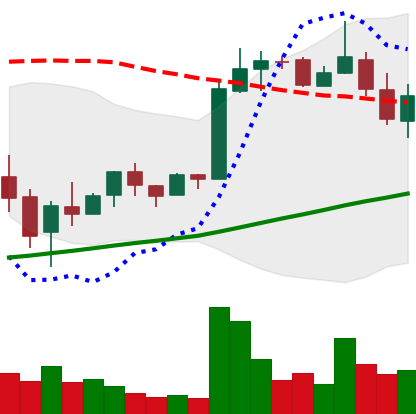
Ticker: LTC-USD
Chart end date: 2018-02-23
Forward return: -3.064%
Label: down_3_5